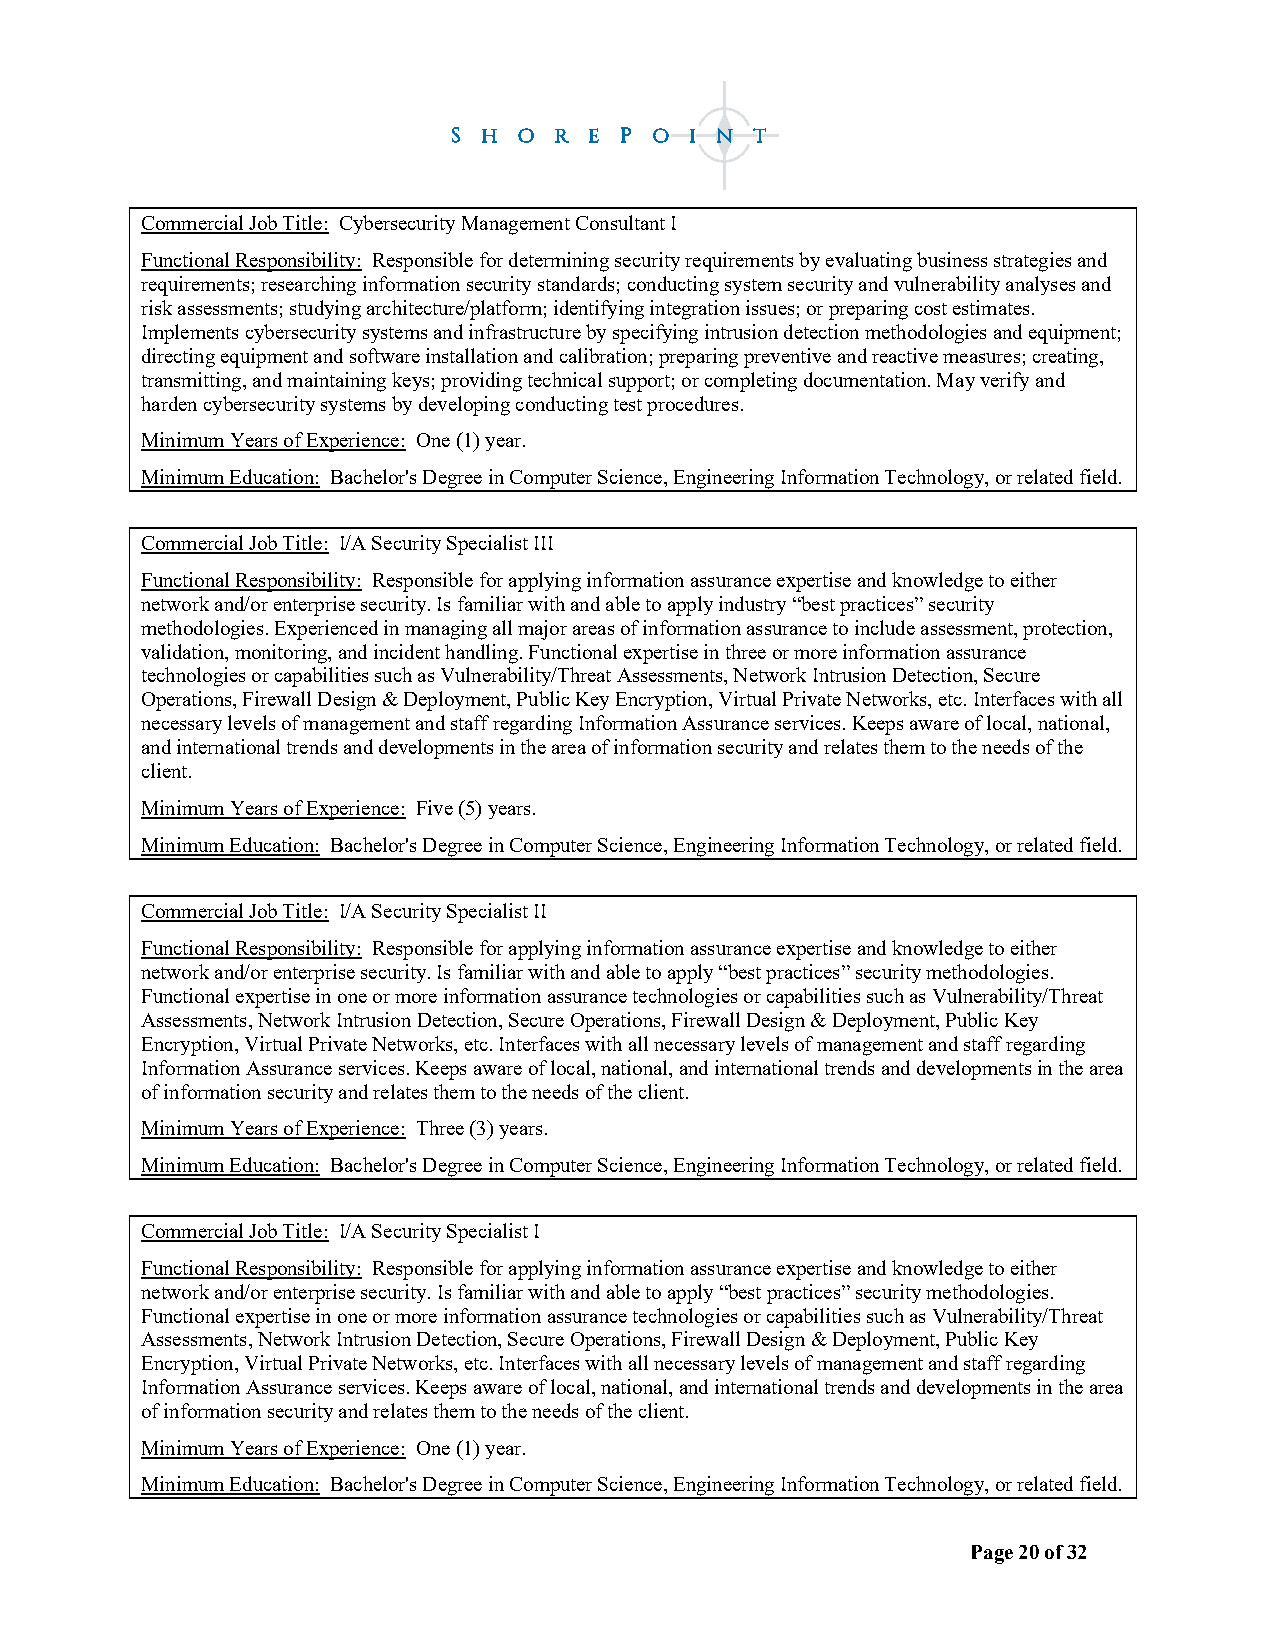
Commercial Job Title: Cybersecurity Management Consultant I
 Functional Responsibility: Responsible for determining security requirements by evaluating business strategies and
 requirements; researching information security standards; conducting system security and vulnerability analyses and
 risk assessments; studying architecture/platform; identifying integration issues; or preparing cost estimates.
 Implements cybersecurity systems and infrastructure by specifying intrusion detection methodologies and equipment;
 directing equipment and software installation and calibration; preparing preventive and reactive measures; creating,
 transmitting, and maintaining keys; providing technical support; or completing documentation. May verify and
 harden cybersecurity systems by developing conducting test procedures.
 Minimum Years of Experience: One (1) year.
 Minimum Education: Bachelor's Degree in Computer Science, Engineering Information Technology, or related field.
 Commercial Job Title: I/A Security Specialist III
 Functional Responsibility: Responsible for applying information assurance expertise and knowledge to either
 network and/or enterprise security. Is familiar with and able to apply industry “best practices” security
 methodologies. Experienced in managing all major areas of information assurance to include assessment, protection,
 validation, monitoring, and incident handling. Functional expertise in three or more information assurance
 technologies or capabilities such as Vulnerability/Threat Assessments, Network Intrusion Detection, Secure
 Operations, Firewall Design & Deployment, Public Key Encryption, Virtual Private Networks, etc. Interfaces with all
 necessary levels of management and staff regarding Information Assurance services. Keeps aware of local, national,
 and international trends and developments in the area of information security and relates them to the needs of the
 client.
 Minimum Years of Experience: Five (5) years.
 Minimum Education: Bachelor's Degree in Computer Science, Engineering Information Technology, or related field.
 Commercial Job Title: I/A Security Specialist II
 Functional Responsibility: Responsible for applying information assurance expertise and knowledge to either
 network and/or enterprise security. Is familiar with and able to apply “best practices” security methodologies.
 Functional expertise in one or more information assurance technologies or capabilities such as Vulnerability/Threat
 Assessments, Network Intrusion Detection, Secure Operations, Firewall Design & Deployment, Public Key
 Encryption, Virtual Private Networks, etc. Interfaces with all necessary levels of management and staff regarding
 Information Assurance services. Keeps aware of local, national, and international trends and developments in the area
 of information security and relates them to the needs of the client.
 Minimum Years of Experience: Three (3) years.
 Minimum Education: Bachelor's Degree in Computer Science, Engineering Information Technology, or related field.
 Commercial Job Title: I/A Security Specialist I
 Functional Responsibility: Responsible for applying information assurance expertise and knowledge to either
 network and/or enterprise security. Is familiar with and able to apply “best practices” security methodologies.
 Functional expertise in one or more information assurance technologies or capabilities such as Vulnerability/Threat
 Assessments, Network Intrusion Detection, Secure Operations, Firewall Design & Deployment, Public Key
 Encryption, Virtual Private Networks, etc. Interfaces with all necessary levels of management and staff regarding
 Information Assurance services. Keeps aware of local, national, and international trends and developments in the area
 of information security and relates them to the needs of the client.
 Minimum Years of Experience: One (1) year.
 Minimum Education: Bachelor's Degree in Computer Science, Engineering Information Technology, or related field.
 Page 20 of 32